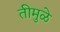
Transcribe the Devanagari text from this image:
तीमुळे